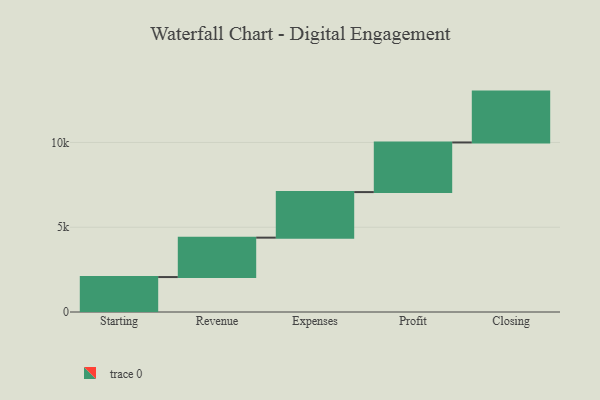
{"axis": {"x": "Step", "y": "Value"}, "legend": [""], "data": [{"x": "Starting", "y": 2061.0, "type": ""}, {"x": "Revenue", "y": 2325.0, "type": ""}, {"x": "Expenses", "y": 2687.0, "type": ""}, {"x": "Profit", "y": 2928.0, "type": ""}, {"x": "Closing", "y": 3000, "type": ""}]}